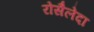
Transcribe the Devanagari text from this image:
रोसैलेदा